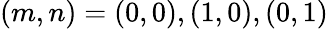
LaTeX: (m,n)=(0,0),(1,0),(0,1)